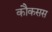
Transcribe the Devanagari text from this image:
कौकसस